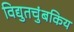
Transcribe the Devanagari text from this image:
विद्युतचुंबकिय